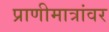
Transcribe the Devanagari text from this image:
प्राणीमात्रांवर